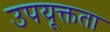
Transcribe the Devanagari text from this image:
उपयूक्तता